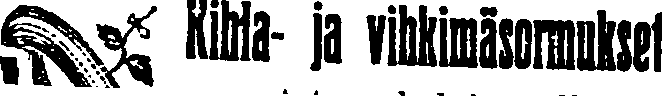
Kihla- ja vihkimäsormukset